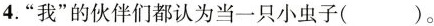
4.”我”的伙伴们都认为当一只小虫子( )。